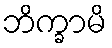
ဘိက္ခာမိ